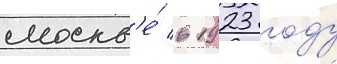
москв'е́ в 1923 году